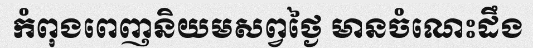
កំពុងពេញនិយមសព្វថ្ងៃ មានចំណេះដឹង